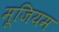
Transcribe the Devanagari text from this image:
मूजियम